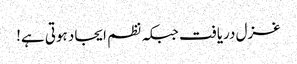
غزل دریافت جبکہ نظم ایجاد ہوتی ہے!